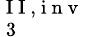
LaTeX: _{\mathrm{~3~}}^{\mathrm{~I~I~,~i~n~v~}}